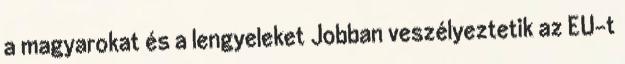
a magyarokat és a lengyeleket Jobban veszélyeztetik az EU-t